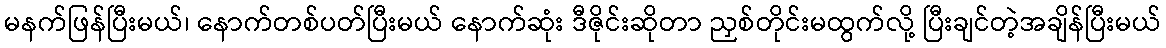
မနက်ဖြန်ပြီးမယ်၊ နောက်တစ်ပတ်ပြီးမယ် နောက်ဆုံး ဒီဇိုင်းဆိုတာ ညှစ်တိုင်းမထွက်လို့ ပြီးချင်တဲ့အချိန်ပြီးမယ်